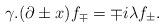
LaTeX: \begin{align*}\gamma.(\partial \pm x)f_\mp = \mp i\lambda f_\pm.\end{align*}